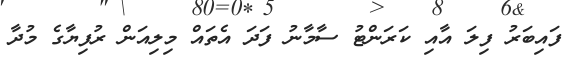
ފައިބަރު ފިލަ އާއި ކަރަންޓު ސާމާނު ފަދަ އެތައް މިލިއަން ރުފިޔާގެ މުދާ